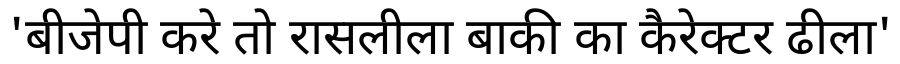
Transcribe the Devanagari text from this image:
'बीजेपी करे तो रासलीला बाकी का कैरेक्टर ढीला'